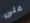
على